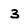
Character: 3